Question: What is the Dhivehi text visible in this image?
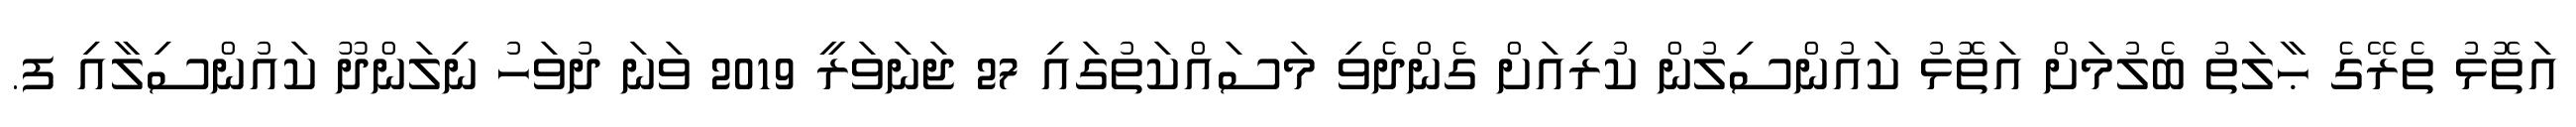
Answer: އަތޮޅު ތެރޭގެ ޙާލަތު ބެލުމަށް އަތޮޅު ކައުންސިލުން ކުރިއަށް ގެންދެވި މަސައްކަތުގައި 27 ޖަނަވަރީ 2019 ވަނަ ދުވަހު ނިލަންދޫ ކައުންސިލާއި ފ.